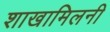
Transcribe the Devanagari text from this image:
शाखामिलनी